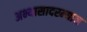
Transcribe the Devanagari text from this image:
अभ्यासादरम्यान